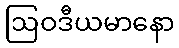
ဩဝဒီယမာနော